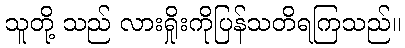
သူတို့ သည် လားရှိုးကိုပြန်သတိရကြသည်။